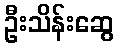
ဦးသိန်းဆွေ